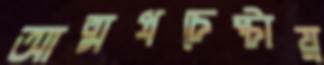
আত্মপ্রচেষ্টায়